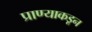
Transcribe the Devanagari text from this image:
प्राण्याकडून